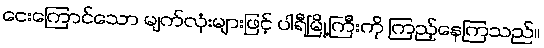
ငေးကြောင်သော မျက်လုံးများဖြင့် ပါရီမြို့ကြီးကို ကြည့်နေကြသည်။